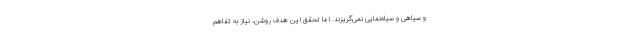
و سیاهی و سیاه‌نمایی نمی‌گریزند. اما تحقق این هدفِ روشن، نیاز به تفاهم